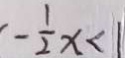
- \frac { 1 } { 2 } x < 1